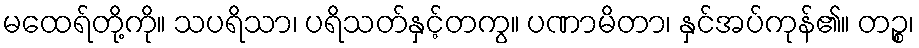
မထေရ်တို့ကို။ သပရိသာ၊ ပရိသတ်နှင့်တကွ။ ပဏာမိတာ၊ နှင်အပ်ကုန်၏။ တဉ္စ၊